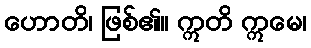
ဟောတိ၊ ဖြစ်၏။ ဣတိ ဣမေ၊